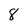
Character: 8